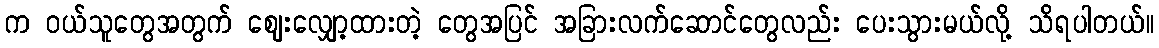
က ဝယ်သူတွေအတွက် ဈေးလျှော့ထားတဲ့ တွေအပြင် အခြားလက်ဆောင်တွေလည်း ပေးသွားမယ်လို့ သိရပါတယ်။